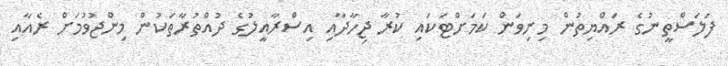
ފަލަސްތީނުގެ ރައްޔިތުން މިނިވަން ކަމަށްޓަކައި ކުރާ ޖިހާދާއި އިސްރާއީލުގެ ދުއްތުރާތަކުން މިންޖުވުމަށް ރެއާއި